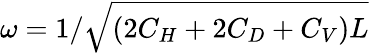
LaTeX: \omega=1/\sqrt{\left(2C_{H}+2C_{D}+C_{V}\right)L}